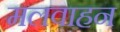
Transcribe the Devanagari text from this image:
मलवाहन